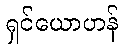
ရှင်ယောဟန်